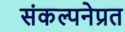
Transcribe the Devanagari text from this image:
संकल्पनेप्रत